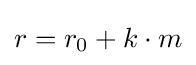
r=r_{0}+k\cdot m